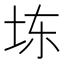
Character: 𪣆